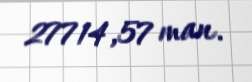
27714,57 man.